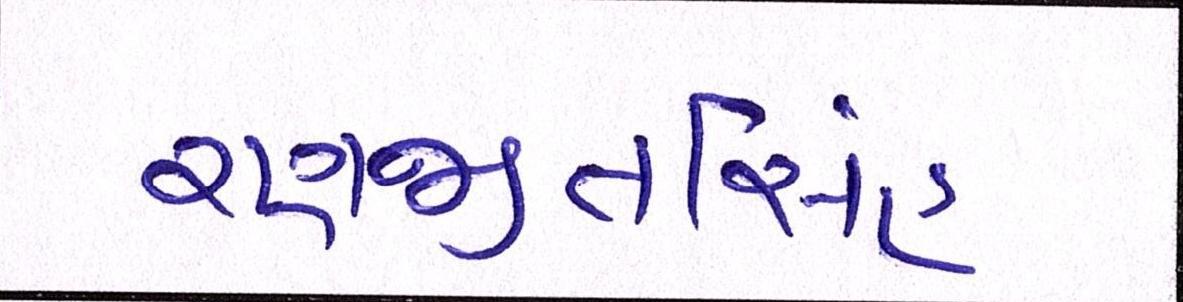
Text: રણજીતસિંહ